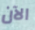
الآن